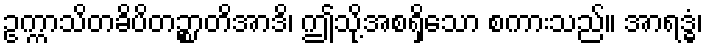
ဥက္ကာသိတခိပိတဉ္စာတိအာဒိ၊ ဤသို့အစရှိသော စကားသည်။ အာရဒ္ဓံ၊